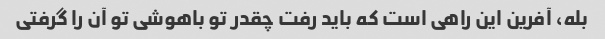
بله، آفرین این راهی است که باید رفت چقدر تو باهوشی تو آن را گرفتی